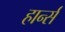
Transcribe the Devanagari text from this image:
हार्न्स